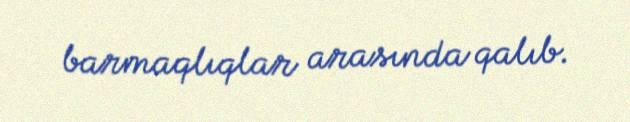
barmaqlıqlar arasında qalıb.